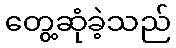
တွေ့ဆုံခဲ့သည်